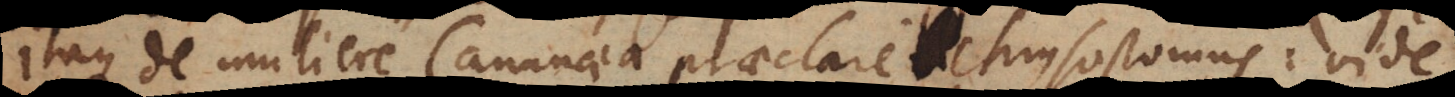
Itaque de muliere Cananaea praeclare Chrysostomus: vide